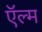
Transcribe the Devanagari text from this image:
ऍल्म